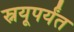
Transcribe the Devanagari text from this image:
स्नयूपर्यंत